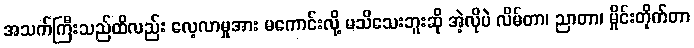
အသက်ကြီးသည်ထိလည်း လေ့လာမှုအား မကောင်းလို့ မသိသေးဘူးဆို အဲ့လိုပဲ လိမ်တာ၊ ညာတာ၊ မှိုင်းတိုက်တာ